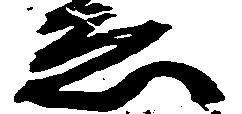
ゑ